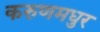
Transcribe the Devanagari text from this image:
करुणमधुर